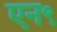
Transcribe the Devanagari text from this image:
एन९